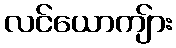
လင်ယောကျ်ား